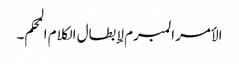
الأمر المبرم لإبطال الکلام المحکم۔